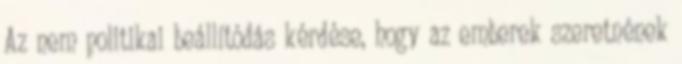
Az nem politikai beállítódás kérdése, hogy az emberek szeretnének